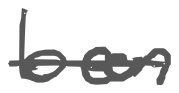
Text: been
Cross-out: single-line
Writing tool: digital_gray